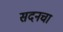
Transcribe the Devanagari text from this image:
सदनचा